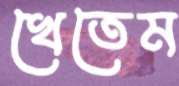
খেতেম